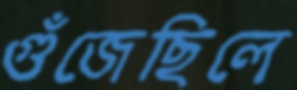
গুঁজেছিলে